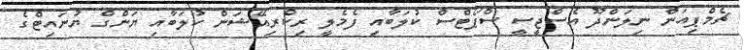
ޗެމްޕިއަން ނިލަންދޫ އެސްޖީސީ ސްޕޯޓްސް ކުލަބާއި ފެމެލީ ރިކްރިއޭޝަން ކުލަބާއި ޔަންގް ޔުނައިޓްގެ